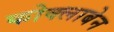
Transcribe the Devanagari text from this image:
कोक्लाबेन